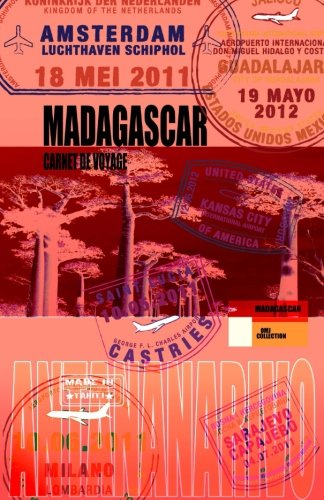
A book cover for MADAGASCAR. Carnet de voyage: Agenda de voyage. Journal de bord prÃ©-imprimÃ©: activitÃ©s, sport,  shopping, hÃ´tel, transport, road trip. (Carnets de voyage) (French Edition); o m j; Travel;